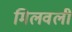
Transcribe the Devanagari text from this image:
मिलवली